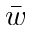
\bar { w }